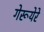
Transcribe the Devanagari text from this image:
गेरूयेरे